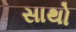
સાથો